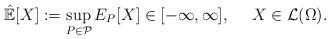
LaTeX: \begin{align*}\mathbb{\hat{E}}[X]:=\sup_{P\in\mathcal{P}}E_{P}[X]\in [-\infty,\infty], \ \ \ \ X\in\mathcal{L}(\Omega).\end{align*}